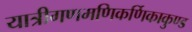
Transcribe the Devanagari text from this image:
यात्रीगणमणिकर्णिकाकुण्ड